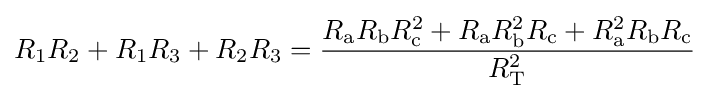
R_{1}R_{2}+R_{1}R_{3}+R_{2}R_{3}={\frac {R_{\text{a}}R_{\text{b}}R_{\text{c}}^{2}+R_{\text{a}}R_{\text{b}}^{2}R_{\text{c}}+R_{\text{a}}^{2}R_{\text{b}}R_{\text{c}}}{R_{\text{T}}^{2}}}